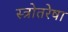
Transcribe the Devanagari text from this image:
स्त्रोतरेषा